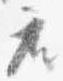
座